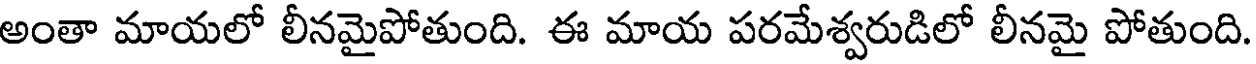
అంతా మాయలో లీనమైపోతుంది. ఈ మాయ పరమేశ్వరుడిలో లీనమై పోతుంది